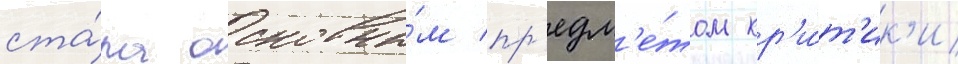
ста́ла основны́м пр'едм'е́том кр'и́т'ик'и